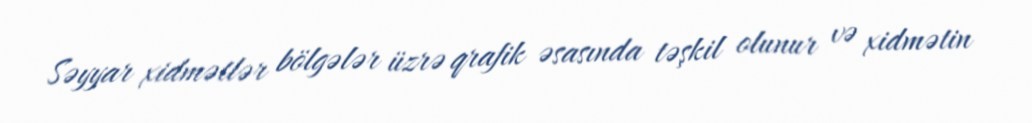
Səyyar xidmətlər bölgələr üzrə qrafik əsasında təşkil olunur və xidmətin